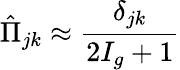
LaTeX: \hat{\Pi}_{jk}\approx\frac{\delta_{jk}}{2I_{g}+1}